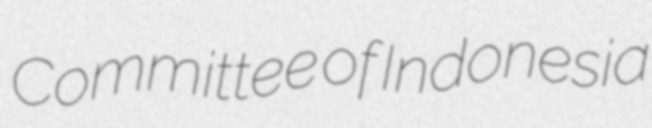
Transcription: Committee of Indonesia